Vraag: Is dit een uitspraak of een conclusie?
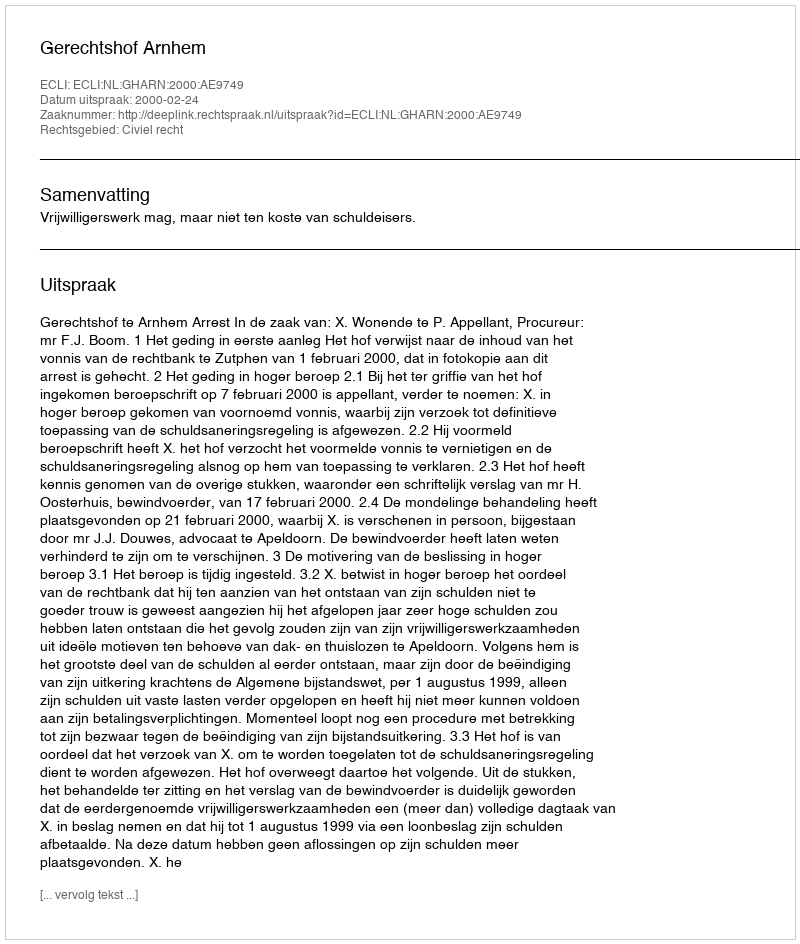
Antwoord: Uitspraak